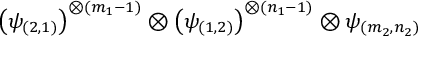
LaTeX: \left( \psi _ { ( 2 , 1 ) } \right) ^ { \otimes ( m _ { 1 } - 1 ) } \otimes \left( \psi _ { ( 1 , 2 ) } \right) ^ { \otimes ( n _ { 1 } - 1 ) } \otimes \psi _ { ( m _ { 2 } , n _ { 2 } ) }